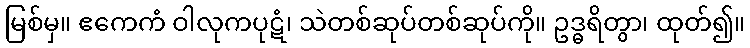
မြစ်မှ။ ဧကေကံ ဝါလုကပုဋံ၊ သဲတစ်ဆုပ်တစ်ဆုပ်ကို။ ဥဒ္ဓရိတွာ၊ ထုတ်၍။